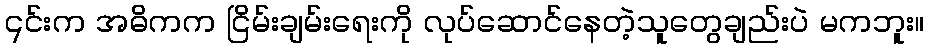
၎င်းက အဓိကက ငြိမ်းချမ်းရေးကို လုပ်ဆောင်နေတဲ့သူတွေချည်းပဲ မကဘူး။